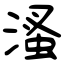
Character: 溞